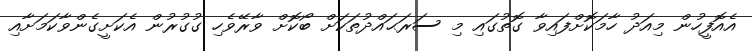
އެއޮފީހުން މިއަދު ހާމަކޮށްފައިވާ ގޮތުގައި މި ސަރަޙައްދުތަކަށް ބޯކޮށް ވާރޭވެހި ގުގުރުން އެކަށީގެންވާކަމަށާއި